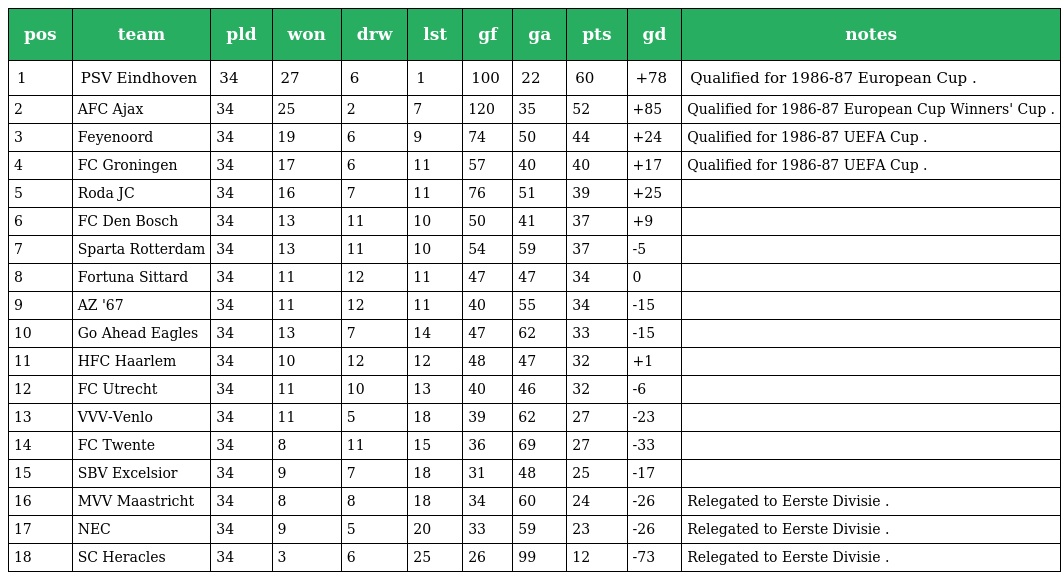
| pos | team | pld | won | drw | lst | gf | ga | pts | gd | notes |
 | --- | --- | --- | --- | --- | --- | --- | --- | --- | --- | --- |
 | 1 | PSV Eindhoven | 34 | 27 | 6 | 1 | 100 | 22 | 60 | +78 | Qualified for 1986-87 European Cup . |
 | 2 | AFC Ajax | 34 | 25 | 2 | 7 | 120 | 35 | 52 | +85 | Qualified for 1986-87 European Cup Winners' Cup . |
 | 3 | Feyenoord | 34 | 19 | 6 | 9 | 74 | 50 | 44 | +24 | Qualified for 1986-87 UEFA Cup . |
 | 4 | FC Groningen | 34 | 17 | 6 | 11 | 57 | 40 | 40 | +17 | Qualified for 1986-87 UEFA Cup . |
 | 5 | Roda JC | 34 | 16 | 7 | 11 | 76 | 51 | 39 | +25 |  |
 | 6 | FC Den Bosch | 34 | 13 | 11 | 10 | 50 | 41 | 37 | +9 |  |
 | 7 | Sparta Rotterdam | 34 | 13 | 11 | 10 | 54 | 59 | 37 | -5 |  |
 | 8 | Fortuna Sittard | 34 | 11 | 12 | 11 | 47 | 47 | 34 | 0 |  |
 | 9 | AZ '67 | 34 | 11 | 12 | 11 | 40 | 55 | 34 | -15 |  |
 | 10 | Go Ahead Eagles | 34 | 13 | 7 | 14 | 47 | 62 | 33 | -15 |  |
 | 11 | HFC Haarlem | 34 | 10 | 12 | 12 | 48 | 47 | 32 | +1 |  |
 | 12 | FC Utrecht | 34 | 11 | 10 | 13 | 40 | 46 | 32 | -6 |  |
 | 13 | VVV-Venlo | 34 | 11 | 5 | 18 | 39 | 62 | 27 | -23 |  |
 | 14 | FC Twente | 34 | 8 | 11 | 15 | 36 | 69 | 27 | -33 |  |
 | 15 | SBV Excelsior | 34 | 9 | 7 | 18 | 31 | 48 | 25 | -17 |  |
 | 16 | MVV Maastricht | 34 | 8 | 8 | 18 | 34 | 60 | 24 | -26 | Relegated to Eerste Divisie . |
 | 17 | NEC | 34 | 9 | 5 | 20 | 33 | 59 | 23 | -26 | Relegated to Eerste Divisie . |
 | 18 | SC Heracles | 34 | 3 | 6 | 25 | 26 | 99 | 12 | -73 | Relegated to Eerste Divisie . |